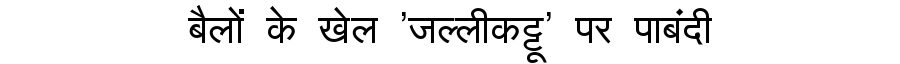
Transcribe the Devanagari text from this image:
बैलों के खेल 'जल्लीकट्टू' पर पाबंदी